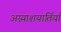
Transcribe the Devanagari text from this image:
अग्न्याशयार्तियाँ